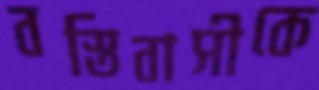
বস্তিবাসীকে